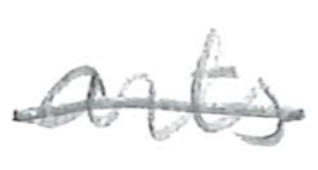
Text: arts
Cross-out: single-line
Writing tool: pencil